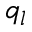
q _ { l }